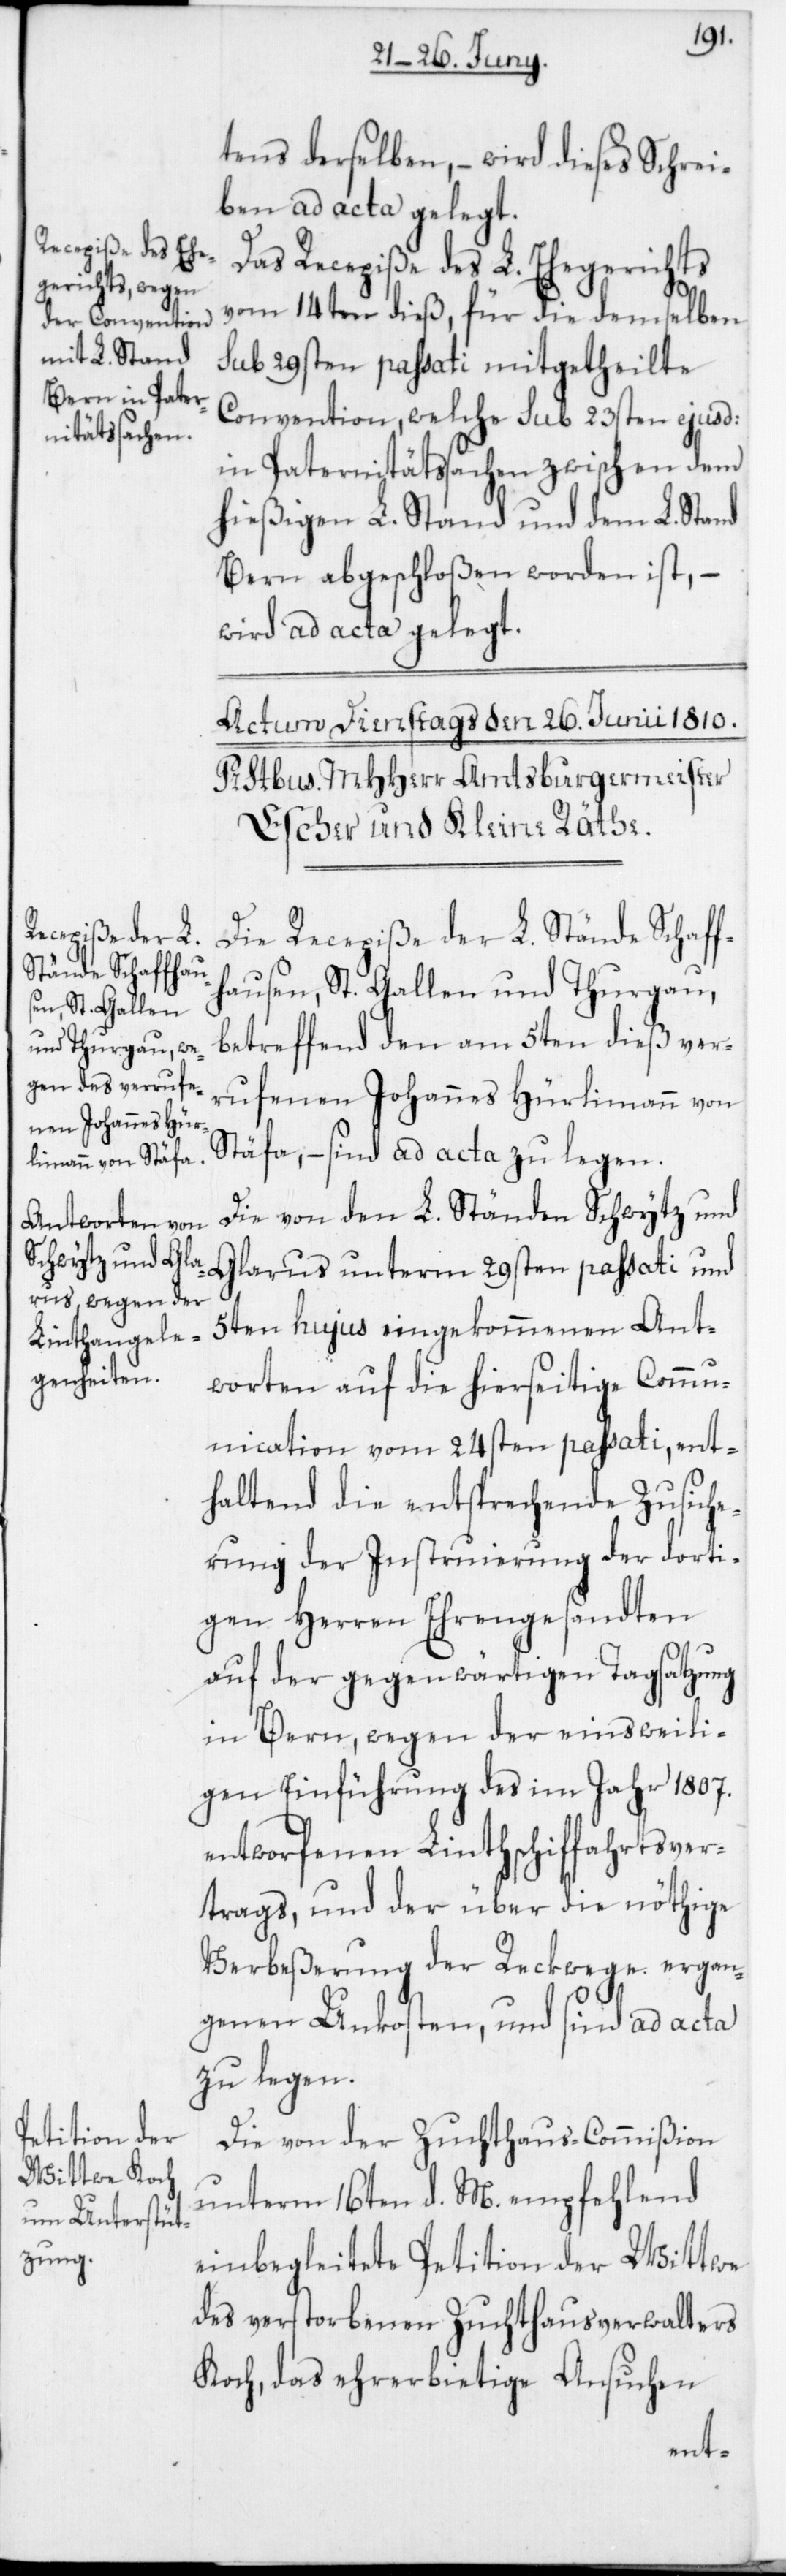
tens derselben, – wird dieses Schrei¬
ben ad acta gelegt.
Das Recepiße des L. Ehegerichts
vom 14ten dieß, für die demselben
sub 29sten passati mitgetheilte
Convention, welche sub 23sten ejusd:
in Paternitätssachen zwischen dem
hießigen L. Stand und dem L. Stand
Bern abgeschloßen worden ist, –
wird ad acta gelegt.
Die Recepiße der L. Stände Schaff¬
hausen, St. Gallen und Thurgau,
betreffend den am 5ten dieß ver¬
rufenen Johannes Hürlimann von
Stäfa, – sind ad acta zu legen.
Die von den L. Ständen Schwytz und
Glarus unterm 29sten passati und
5ten hujus eingekommenen Ant¬
worten auf die hierseitige Comm¬
unication vom 24sten passati, ent¬
haltend die entsprechende Zusiche¬
rung der Instruierung der dorti¬
gen Herren Ehrengesandten
auf der gegenwärtigen Tagsatzung
in Bern, wegen der einstweili¬
gen Einführung des im Jahr 1807.
entworfenen Linthschifffahrtsver¬
trags, und der über die nöthige
Verbeßerung der Reckwege ergan¬
genen Unkosten, und sind ad acta
zu legen.
Die von der Zuchthaus-Commißion
unterm 16ten d. M. empfehlend
einbegleitete Petition der Wittwe
des verstorbenen Zuchthausverwalters
Koch, das ehrerbietige Ansuchen